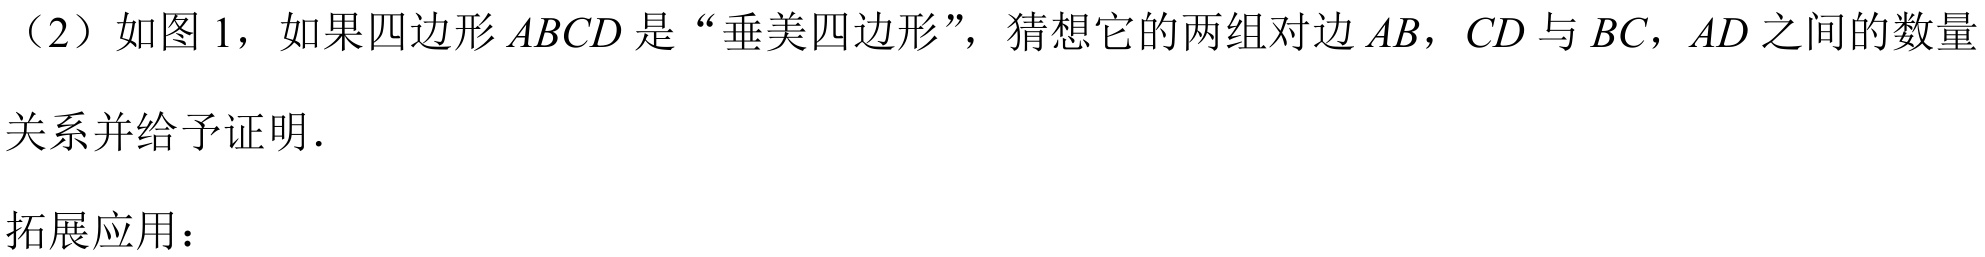
（2）如图 1，如果四边形$ABCD$是“垂美四边形”，猜想它的两组对边$AB$，$CD$与$BC$，$AD$之间的数量关系并给予证明．

拓展应用：